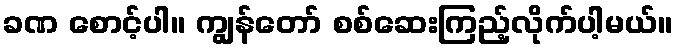
ခဏ စောင့်ပါ။ ကျွန်တော် စစ်ဆေးကြည့်လိုက်ပါ့မယ်။